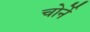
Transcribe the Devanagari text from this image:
चोर्ने